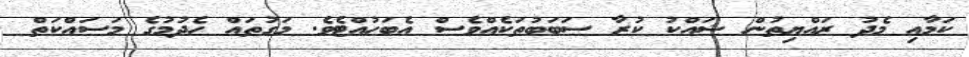
ކަމާއި މެދު ރައްޔިތުން ޝައްކު ކުރާ ސަބަބުތަކެއްވެސް އެބަހުއްޓެވެ. މަގުތައް ހެދުމުގެ މަސައްކަތް